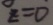
z = 0